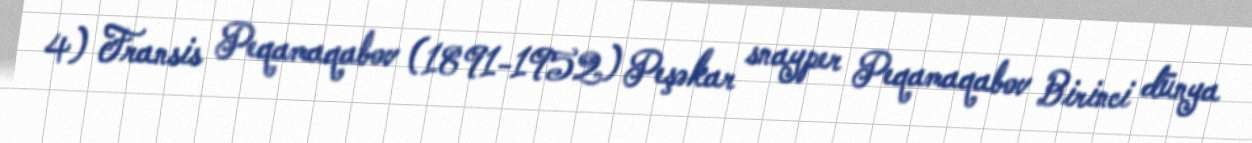
4) Fransis Peqamaqabov (1891-1952) Peşəkar snayper Peqamaqabov Birinci dünya